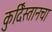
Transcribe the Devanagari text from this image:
कुर्दिस्तानचा